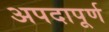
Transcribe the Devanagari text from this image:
अपदापूर्ण